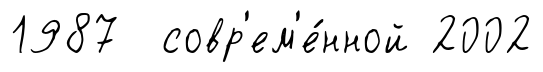
1987 совр'ем'е́нной 2002